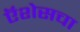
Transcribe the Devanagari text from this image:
ऍशेसचा